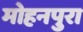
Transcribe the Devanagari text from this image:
मोहनपुरा